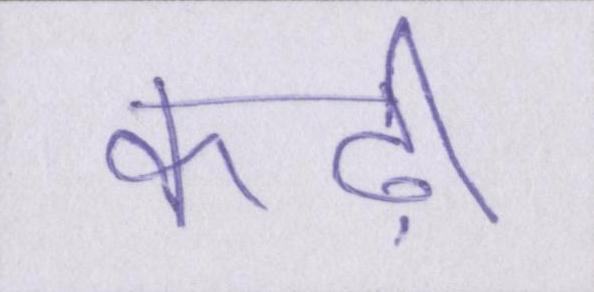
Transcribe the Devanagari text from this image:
कढ़ी